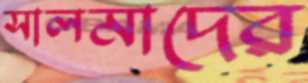
সালমাদের